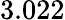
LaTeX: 3.022